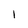
Character: 1